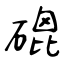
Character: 磇